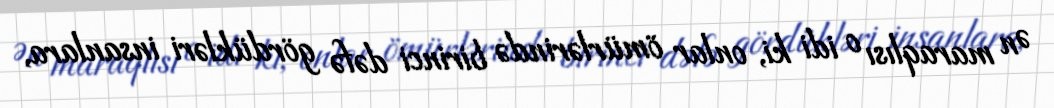
Ən maraqlısı o idi ki, onlar ömürlərində birinci dəfə gördükləri insanlara,